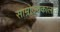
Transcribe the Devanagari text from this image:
साम्राज्यकालात